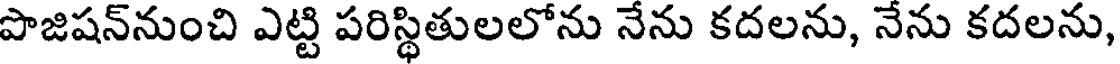
పొజిషన్నుంచి ఎట్టి పరిస్థితులలోను నేను కదలను, నేను కదలను,